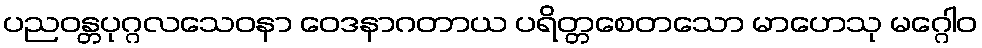
ပညဝန္တပုဂ္ဂလသေဝနာ ဝေဒနာဂတာယ ပရိတ္တစေတသော မာဟေသု မဂ္ဂေါဝ